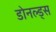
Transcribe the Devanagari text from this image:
डोनल्ड्स